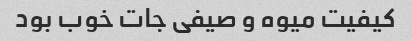
کیفیت میوه و صیفی جات خوب بود